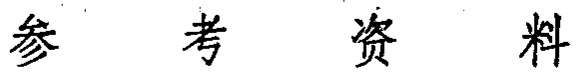
\text{参 \quad 考 \quad 资 \quad 料}